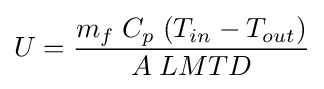
U={\frac {m_{f}\;C_{p}\;(T_{in}-T_{out})}{A\;LMTD}}